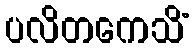
ပလိတကေသိံ